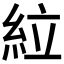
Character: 𫃡